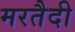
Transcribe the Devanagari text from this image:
मरतैदी